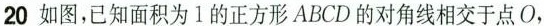
20 如图，已知面积为1的正方形ABCD的对角线相交于点O，